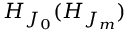
H _ { J _ { 0 } } ( H _ { J _ { m } } )